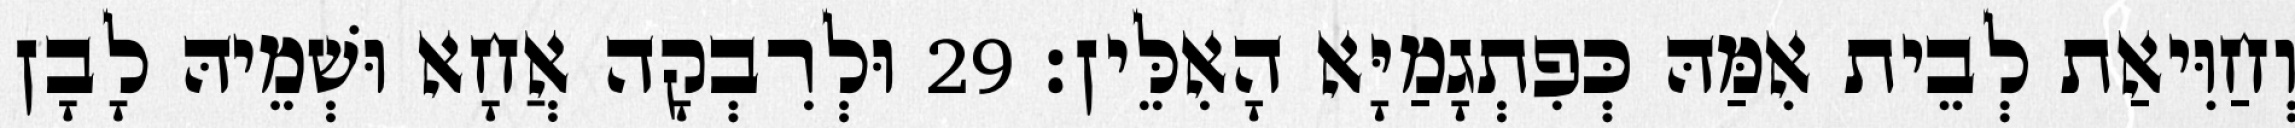
וְחַוִּיאַת לְבֵית אִמַּהּ כְּפִתְגָמַיָּא הָאִלֵּין׃ 29 וּלְרִבְקָה אֲחָא וּשְׁמֵיהּ לָבָן